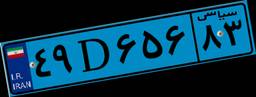
۶۸D۶۵۵۰۳